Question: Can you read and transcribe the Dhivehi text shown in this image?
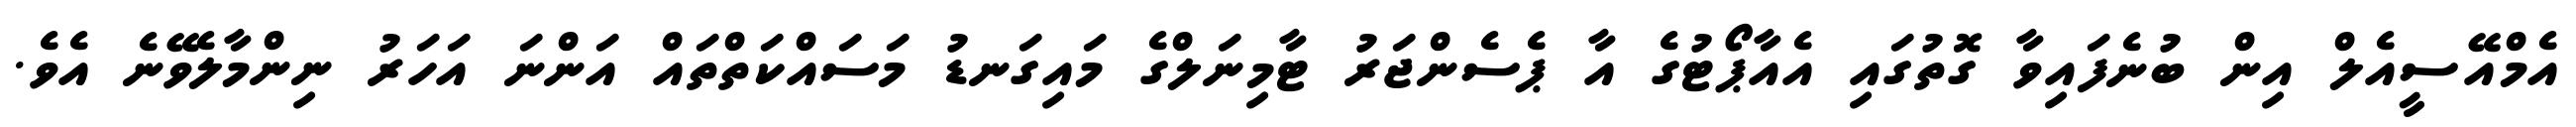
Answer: އެމްއޭސީއެލް އިން ބުނެފައިވާ ގޮތުގައި އެއާޕޯޓުގެ އާ ޕެސެންޖަރު ޓާމިނަލްގެ މައިގަނޑު މަސައްކަތްތައް އަންނަ އަހަރު ނިންމާލެވޭނެ އެވެ.